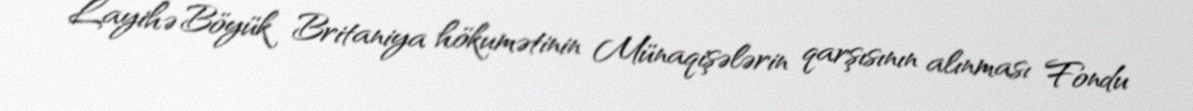
Layihə Böyük Britaniya hökumətinin Münaqişələrin qarşısının alınması Fondu